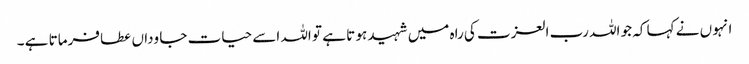
انہو ں نے کہا کہ جو اللہ رب العزت کی راہ میں شہید ہو تا ہے تو اللہ اسے حیات جا وداں عطا فرماتا ہے ۔